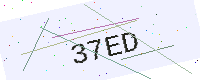
Text: 37ED